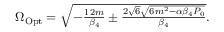
\begin{array} { r } { \Omega _ { \mathrm { O p t } } = \sqrt { - \frac { 1 2 m } { \beta _ { 4 } } \pm \frac { 2 \sqrt { 6 } \sqrt { 6 m ^ { 2 } - \alpha \beta _ { 4 } P _ { 0 } } } { \beta _ { 4 } } } . } \end{array}